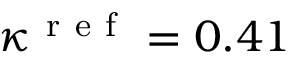
\kappa ^ { \mathrm { ~ r ~ e ~ f ~ } } = 0 . 4 1